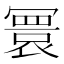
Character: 𫤻